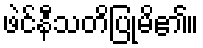
ဖဲင်နီသတိပြုမိ၏။